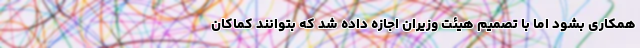
همکاری بشود اما با تصمیم هیئت وزیران اجازه داده شد که بتوانند کماکان